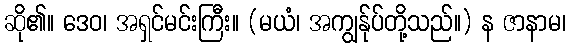
ဆို၏။ ဒေဝ၊ အရှင်မင်းကြီး။ (မယံ၊ အကျွန်ုပ်တို့သည်။) န ဇာနာမ၊